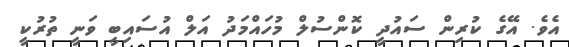
އެވެ. އޭގެ ކުރިން ސައުދީ ކޮންސުލް މުހައްމަދު އަލް އުސައިބީ ވަނީ ތުރުކީ